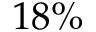
1 8 \%